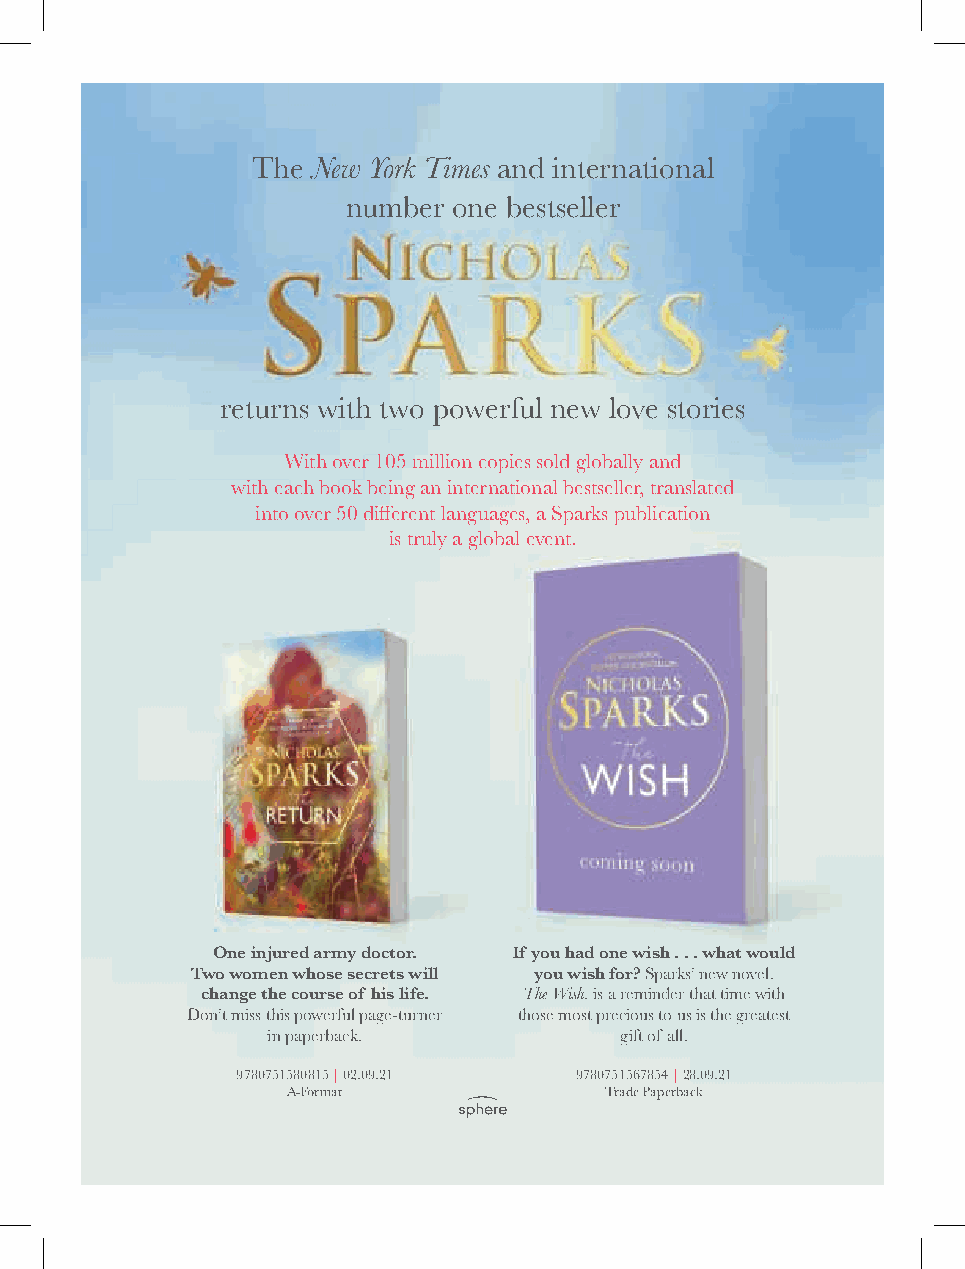
The New York Times and international
 number one bestseller
 returns with two powerful new love stories
 With over 105 million copies sold globally and
 with each book being an international bestseller, translated
 into over 50 different languages, a Sparks publication
 is truly a global event.
 One injured army doctor. If you had one wish . . . what would
 Two women whose secrets will you wish for? Sparks’ new novel,
 change the course of his life. The Wish, is a reminder that time with
 Don’t miss this powerful page-turner those most precious to us is the greatest
 in paperback.          gift of all.
 9780751580815 | 02.09.21 9780751567854 | 28.09.21
 A-Format             Trade Paperback
 wish_OLF.indd 1                              16/04/2021 09:05